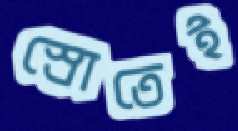
স্রোতেই